Report of the Municipal Commissioner on the plague in Bombay for the year ending 31st May... - Volume 1
Disease focus: Plague
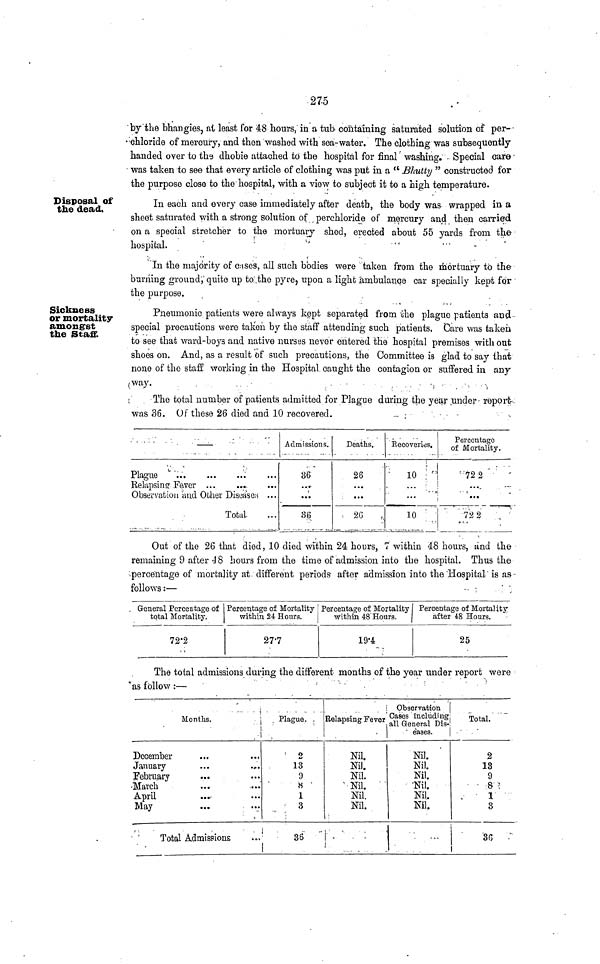
275
by the bhangies, at least for 48 hours, in a tub containing saturated solution of per-
ehloride of mercury, and then washed with sea-water. The clothing was subsequently
handed over to the dhobie attached to the hospital for final washing. Special care
was taken to see that every article of clothing was put in a " Bhutty " constructed for
the purpose close to the hospital, with a view to subject it to a high temperature.
Disposal of
the dead.
In each and every case immediately after death, the body was wrapped in- a
sheet saturated with a strong solution of perchloride of mercury and then carried
on a special stretcher to the mortuary shed, erected about 55 yards from the
hospital.
In the majority of cases, all such bodies were taken from the mortuary to the
burning ground, quite up to the pyre, upon a light ambulance car specially kept for
the purpose.
Sickness
or mortality
amongst
the Staff.
Pneumonic patients were always kept separated from the plague patients and
special precautions were taken by the staff attending such patients. Care was taken
to see that ward-boys and native nurses never entered the hospital premises without
shoes on. And, as a result of such precautions, the Committee is glad to say that
none of the staff working in the Hospital caught the contagion or suffered in any
way.
The total number of patients admitted for Plague during the year under report
was 36. Of these 26 died and 10 recovered.
Plague
Relapsing· Fever
Observation and Obher Diseases ...
Total-
Admissions.
36
..»
...
36
Deaths.
26
.·..
...
26
Recoveries,
10
10
Percentage
of Mortality.
722
...
...
722
Out of the 26 that died, 10 died within 24 hours, 7 within 48 hours, and the
remaining 9 after 48 hoars from the time of admission into the hospital. Thus the
percentage of mortality at different periods after admission into the Hospital is as
follows:—
General Percentage of
total Mortality.
72.2
Percentage of Mortality
within 2¼ Hours.
27.7
Percentage of Mortality Percentage of Mortality
within 48 Hours.
j
after 48 Hours.
19.4
25
The total admissions during the different months of the year under report were
as follow:—
Months.
December
January
February
March
April
May
..
··
..
··
··
Total Admissions
Plague.
2l
13
9
8
1
3
36
Relapsing Fever
Nil.
Nil.
Nil.
Nil.
Nil.
Nil.
Observation
Cases including
all General Dis-
eases.
Nil.
Nil.
Nil.
Nil.
Nil.
Nil.
Total.
2
13
9
8
1
3
36